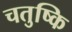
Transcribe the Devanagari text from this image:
चतुष्कि